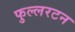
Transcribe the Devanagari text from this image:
फुल्लरटन